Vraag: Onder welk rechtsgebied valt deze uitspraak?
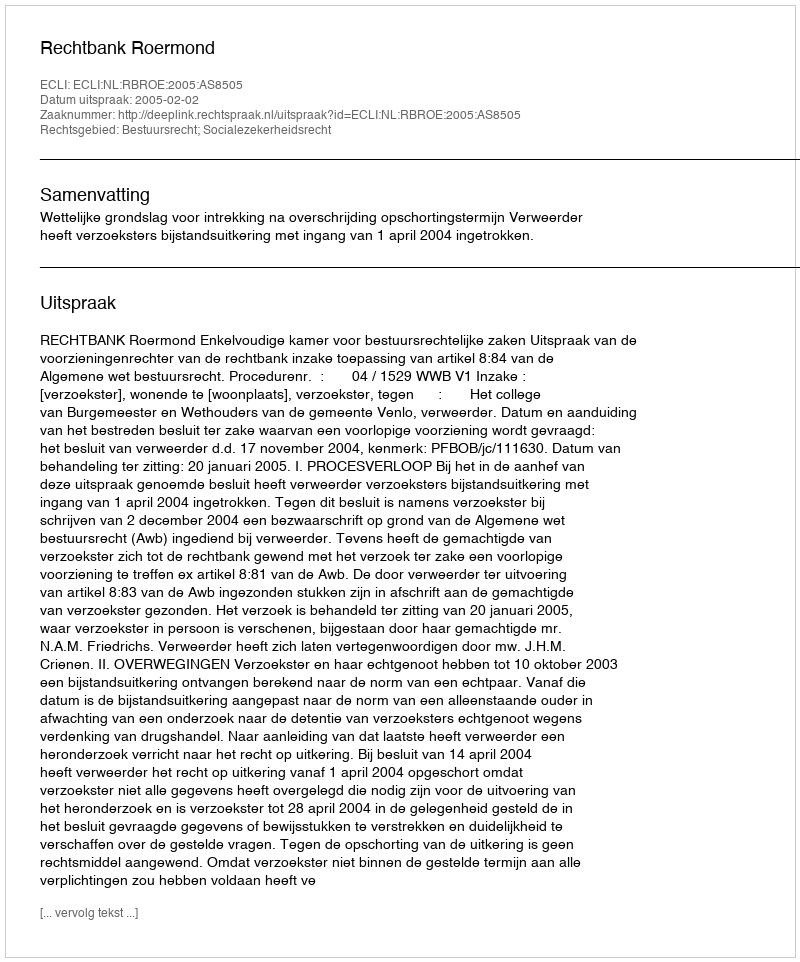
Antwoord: Bestuursrecht; Socialezekerheidsrecht